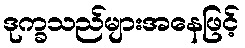
ဒုက္ခသည်များအနေဖြင့်